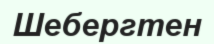
Шебергтен